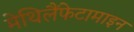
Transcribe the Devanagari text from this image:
मेथिलैंफेटामाइन